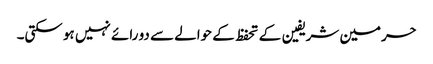
حرمین شریفین کے تحفظ کے حوالے سے دو رائے نہیں ہو سکتی۔